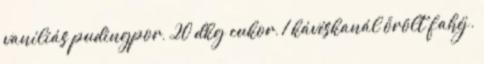
vaníliás pudingpor, 20 dkg cukor, 1 kávéskanál őrölt fahéj.